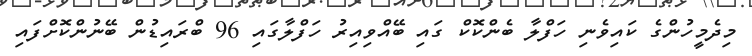
މިދެމީހުންގެ ކައިވެނި ހަފްލާ ބެންކޮކް ގައި ބޭއްވިއިރު ހަފްލާގައި 96 ބްރައިޑުން ބޭނުންކޮށްފައި